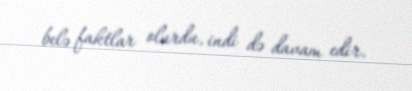
belə faktlar olurdu, indi də davam edir.